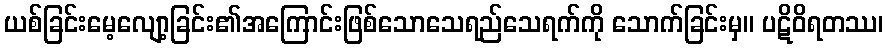
ယစ်ခြင်းမေ့လျော့ခြင်း၏အကြောင်းဖြစ်သောသေရည်သေရက်ကို သောက်ခြင်းမှ။ ပဋိဝိရတဿ၊